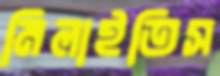
মিলাইতিস